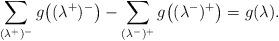
LaTeX: \begin{align*}\sum_{(\lambda^{+})^-}g\bigl((\lambda^{+})^-\bigr) -\sum_{(\lambda^-)^+}g\bigl((\lambda^-)^+\bigr)=g(\lambda).\end{align*}